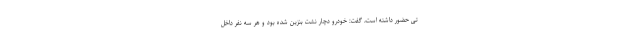
تی حضور داشته است، گفت: خودرو دچار نشت بنزین شده بود و هر سه نفر داخل